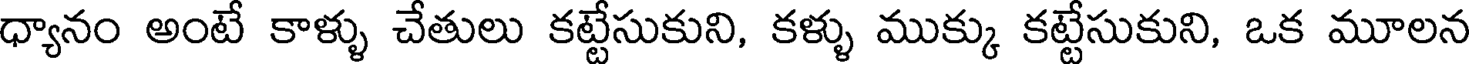
ధ్యానం అంటే కాళ్ళు చేతులు కట్టేసుకుని, కళ్ళు ముక్కు కట్టేసుకుని, ఒక మూలన